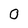
Character: O